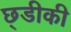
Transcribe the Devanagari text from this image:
छ्डीकी